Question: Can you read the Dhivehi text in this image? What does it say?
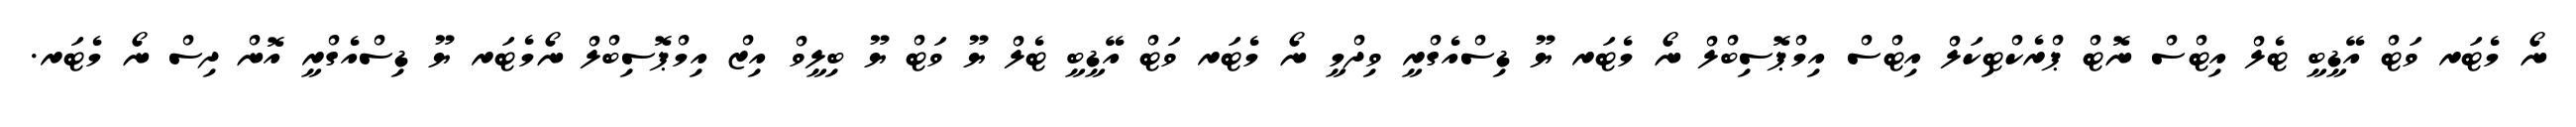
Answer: ނޯ މެޓަރ ވަޓް އޭޑީބީ ޓެލް އިޓްސް ނޮޓް ޕްރެކްޓިކަލް އިޓްސް އިމްޕޮސިބްލް ނޯ މެޓަރ ޔޫ ޑިސްއެގްރީ ވިދްމީ ނޯ މެޓަރ ވަޓް އޭޑީބީ ޓެލް ޔޫ ވަޓް ޔޫ ބިލީވް އިޒް އިމްޕޮސިބްލް ނޯމެޓަރ ޔޫ ޑިސްއެގްރީ އޮން ދިސް ނޯ މެޓަރ.